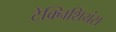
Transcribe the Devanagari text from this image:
टेक्निशियंस